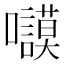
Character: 𱕬